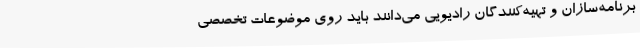
برنامه‌سازان و تهیه‌کنندگان رادیویی می‌دانند باید روی موضوعات تخصصی